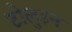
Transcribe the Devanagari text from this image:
टोलुइन